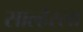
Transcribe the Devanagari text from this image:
साल्हेरला